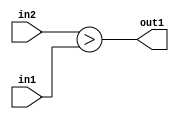
`timescale 1ps / 1ps
/*****************************************************************************
    Verilog RTL Description
    
    
    Created by: Stratus DpOpt 2019.1.01 
*******************************************************************************/

module st_feature_addr_gen_GreaterThan_16Ux19U_1U_1 (
	in2,
	in1,
	out1
	); /* architecture "behavioural" */ 
input [15:0] in2;
input [18:0] in1;
output  out1;
wire  asc001;

assign asc001 = (in2>in1);

assign out1 = asc001;
endmodule

/* CADENCE  ubHyTA4= : u9/ySgnWtBlWxVPRXgAZ4Og= ** DO NOT EDIT THIS LINE ******/